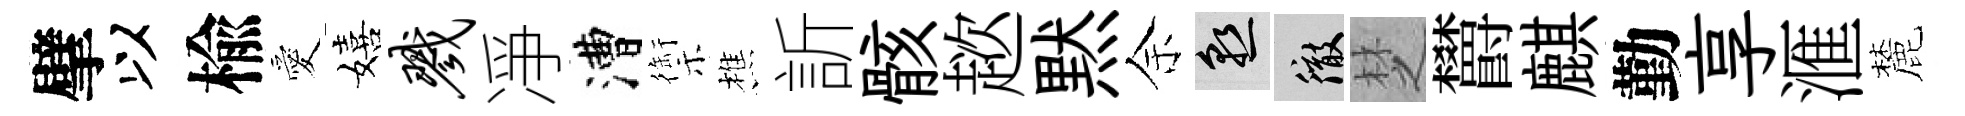
擘以楡愛嬉戮凈漕禦樵訢骸趑黙余熟徹椘欝麒勤享滙麓